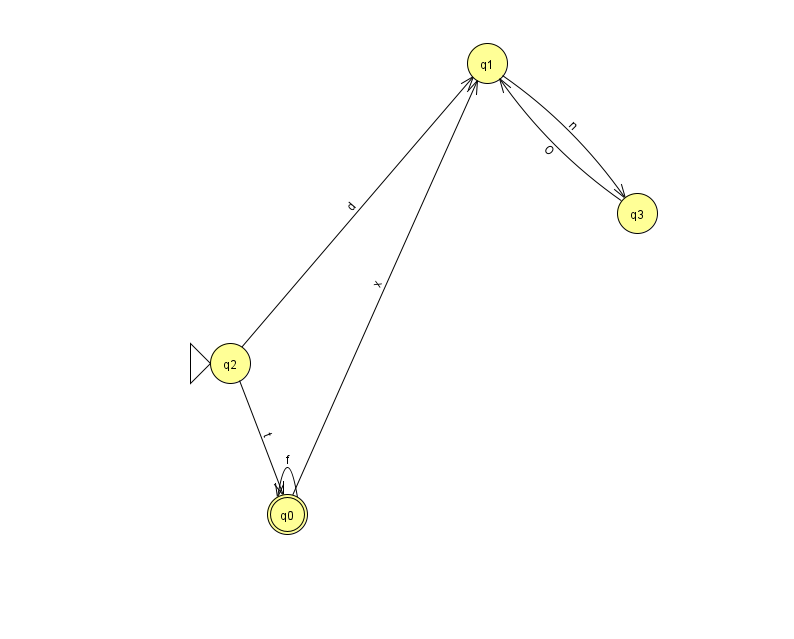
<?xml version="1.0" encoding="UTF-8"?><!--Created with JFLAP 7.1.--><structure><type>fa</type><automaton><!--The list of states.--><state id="0" name="q0"><x>287.0</x><y>501.0</y><final/></state><state id="1" name="q1"><x>487.0</x><y>50.0</y></state><state id="2" name="q2"><x>230.0</x><y>350.0</y><initial/></state><state id="3" name="q3"><x>637.0</x><y>200.0</y></state><!--The list of transitions.--><transition><from>2</from><to>1</to><read>d</read></transition><transition><from>0</from><to>0</to><read>f</read></transition><transition><from>3</from><to>1</to><read>O</read></transition><transition><from>1</from><to>3</to><read>n</read></transition><transition><from>2</from><to>0</to><read>t</read></transition><transition><from>0</from><to>1</to><read>x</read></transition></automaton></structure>